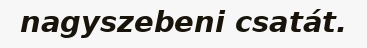
nagyszebeni csatát.